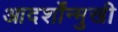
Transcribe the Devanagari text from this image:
आदर्शोंन्मुखी